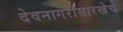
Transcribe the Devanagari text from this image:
देवनागरीसारखेच